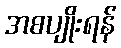
အစပျိုးရန်